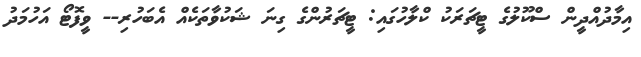
އިމާދުއްދީން ސްކޫލުގެ ޓީޗަަރަކު ކްލާހުގައި: ޓީޗަރުންގެ ގިނަ ޝަކުވާތަކެއް އެބަހުރި-- ވީފޮޓޯ އަހުމަދު